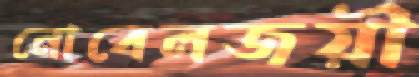
নোবেলজয়ী